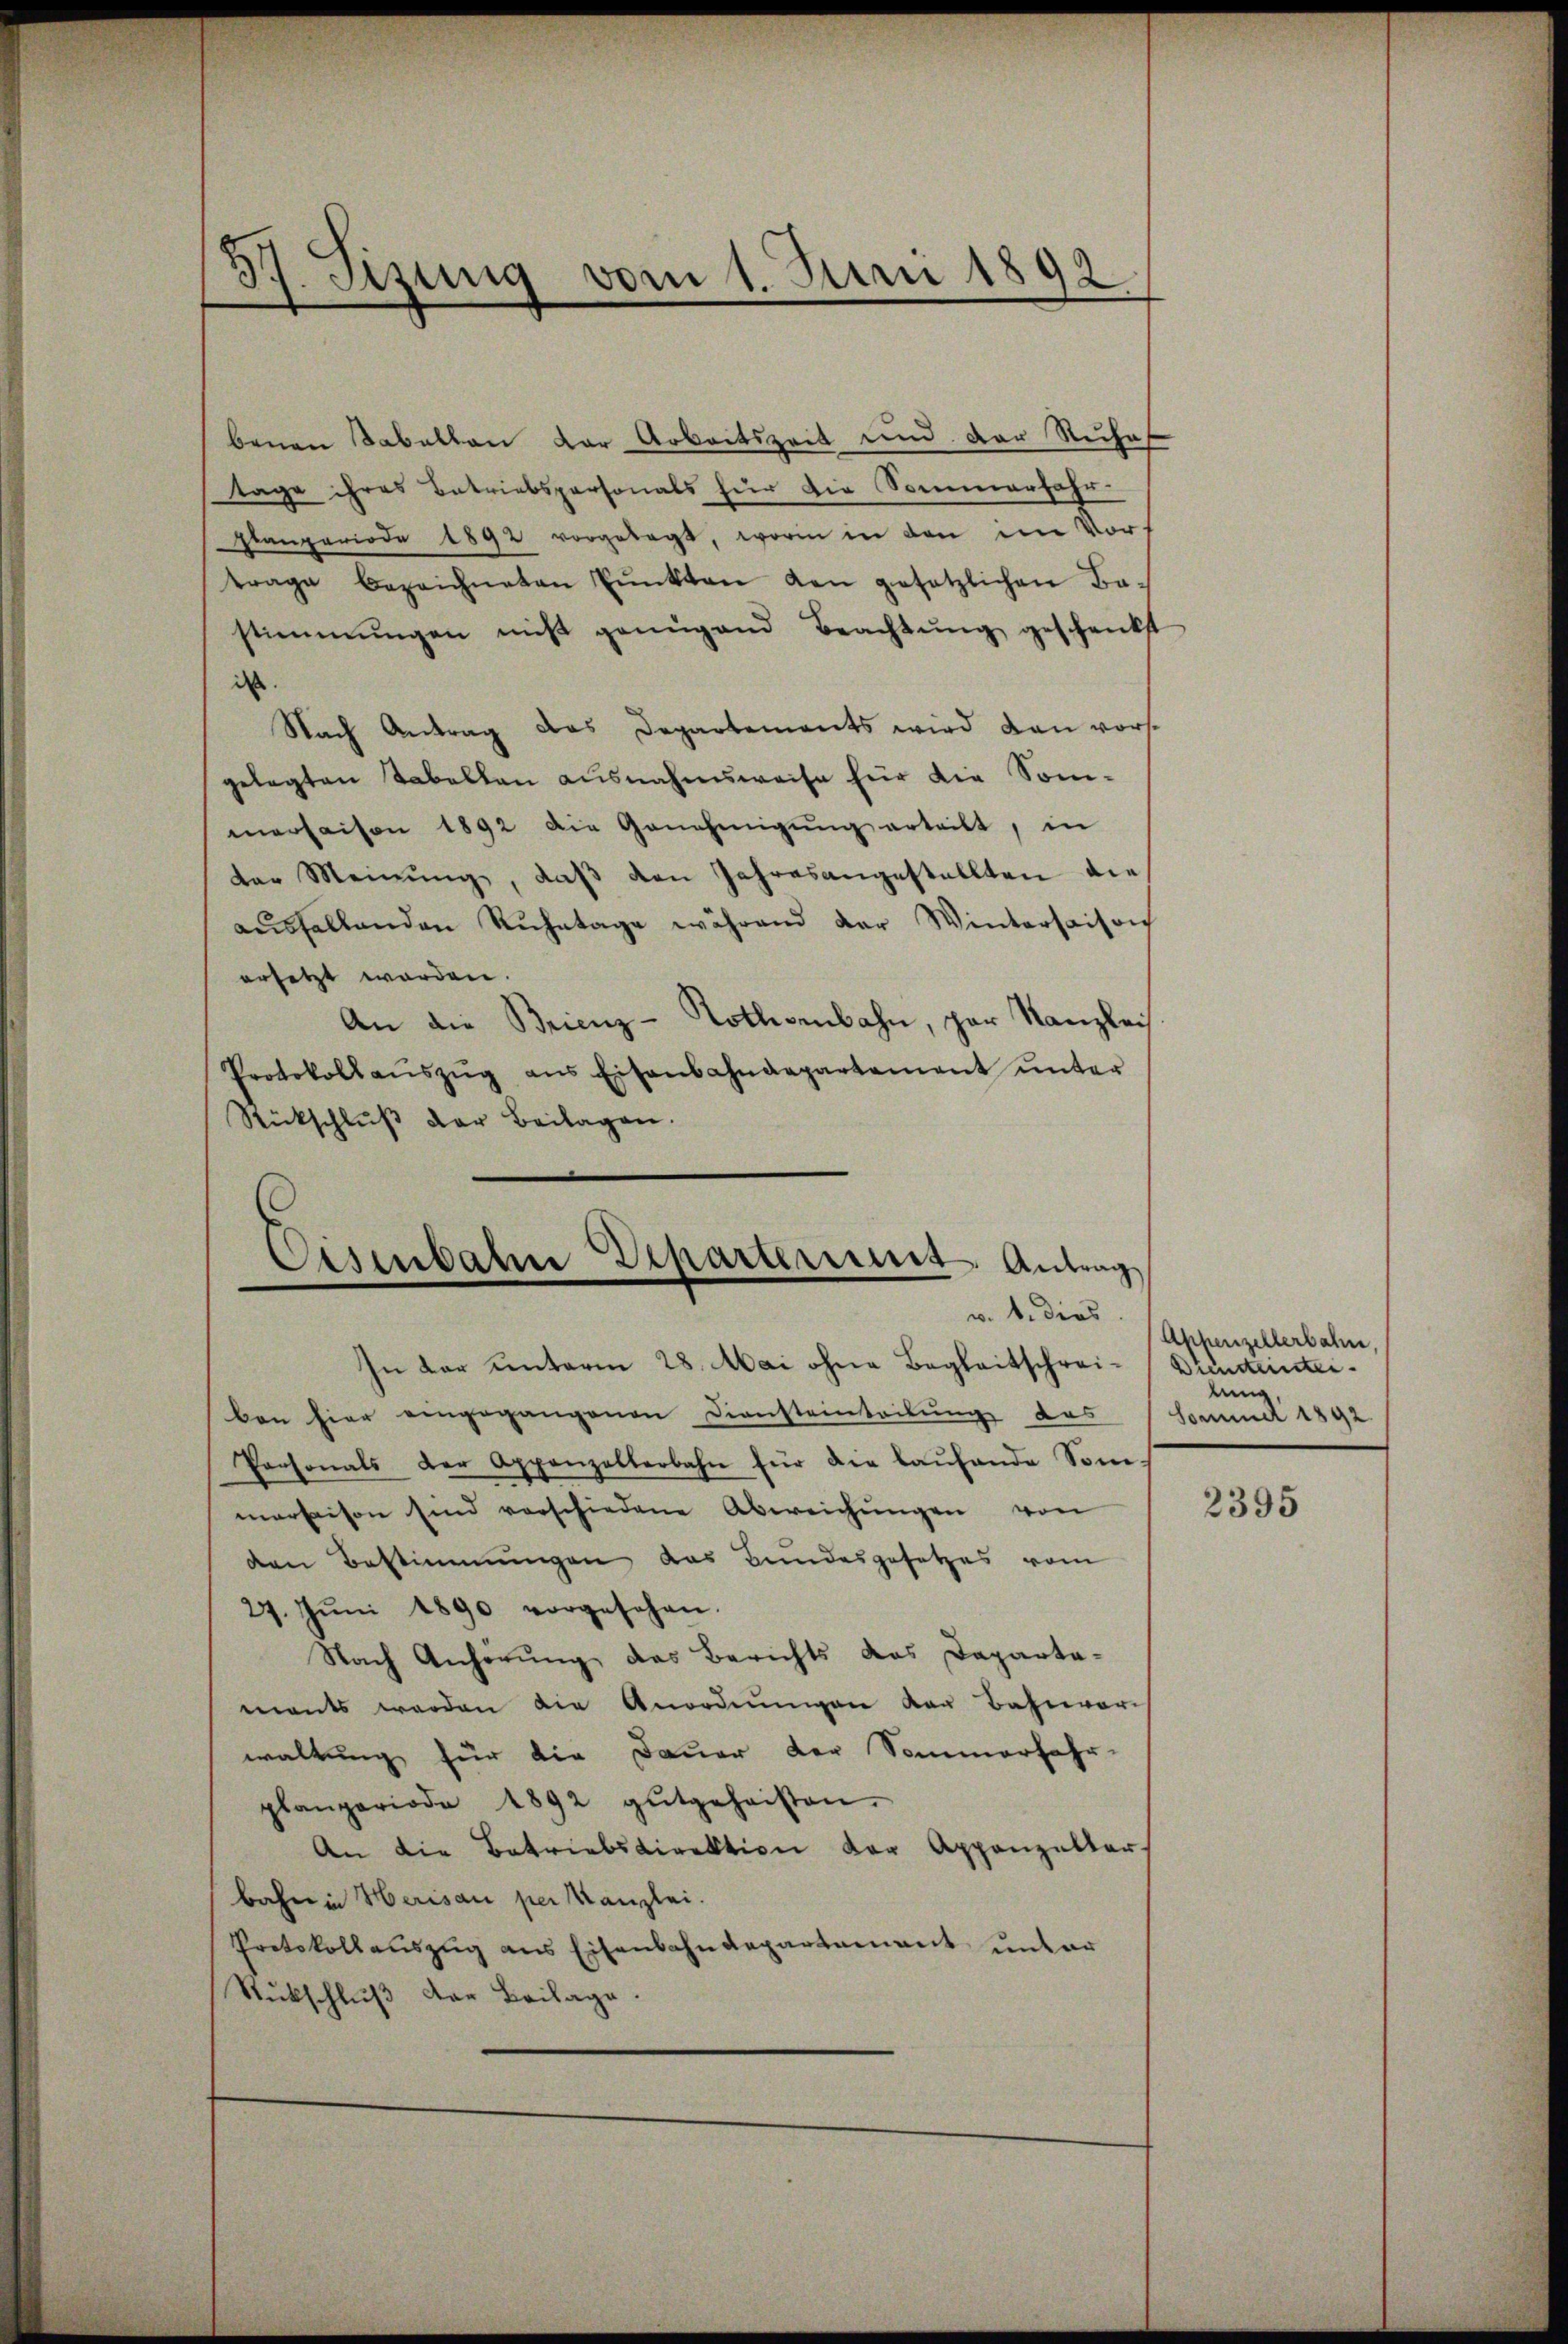
57. Fizung vom 1. Juni 1892

benen Sabalten der Arbeitszeit und der Ruhe
tage ihres Betriebspersonals für die Sommerfahr-
planperiode 1892 vorgelegt, worin in den im Vortrage bezeichneten Pŭnkten den gesetzlichen Ba-
stimmungen nicht genügend Beachtŭng geschenkst
is
Nach Antrag das Departements wird den vorsgelegten Tabellen ausnahmsweise für die Som-
merhaisen 1892 die Genehmigŭng erteilt, in
der Meinŭng, daβ den Jahresangestellten die
aŭsfallenden Ruhetage während der Wintersaison
ersetzt worden.
An die Brienz-Tothenbahn, par Kanzlei
Protokollaŭszŭg ans Eisenbahndepartement ŭnter
Rückschluß der Beilagen.

Eisenbahn Departerung Antrag

v. b. dies
In der unterm 28. Mai ohne Begleitschreibon hier eingegangenen Diensteinteilung des
Personals der Appenzelterbahn für die laŭfende Sone-
maraison sind verschiedene Abweichŭngen von
den Bestimmungen das Bundesgesetzes vom
27. Jŭni 1890 vorgesehen.
Nach Anhörung des Berichts das Dapartamants werden die Anordnŭngen der Bahnvor-
waltung für die Dauer der Sommerfahr-
planperiode 1892 gutgeheisten.
An die Betriebsdirektion der Appenzeller.
bahn in Herisau per Kanzlei.
Protokollauszug aus Eisenbahndepartement unter
Stückschlŭβ der Beilage.

Appenzellerbahn
Diensteintei
den
Sommer 1892

2395